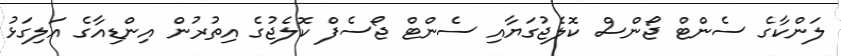
ލަންކާގެ ސެންޓް ޖޯންސް ކޮލެޖުގަޔާއި ސެންޓް ޖޯސެފް ކޮލެޖުގެ އިތުރުން އިންޑިއާގެ އަލިގަޅު